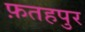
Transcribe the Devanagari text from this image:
फ़तहपुर